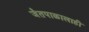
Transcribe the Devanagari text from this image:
जैतपाळालाही